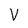
Character: v